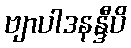
ဗျာပါဒနန္ဒီပိ